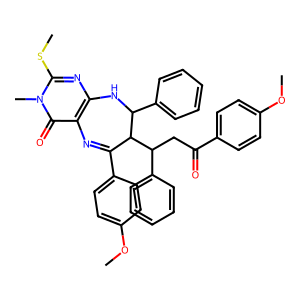
SMILES: COc1ccc(C(=O)CC(c2ccccc2)C2C(c3ccc(OC)cc3)=Nc3c(nc(SC)n(C)c3=O)NC2c2ccccc2)cc1
Inhibits HIV replication: No